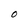
Character: O